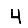
Digit: 4